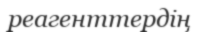
реагенттердің